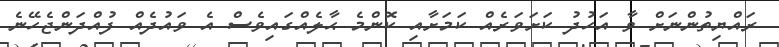
ރައްޔިތުންނަށް ވާ އަހުދު ކަށަވަރެއް ކަމަށާއި ކޮންމެ ޙާލެއްގައިވެސް އެ ވައުދެއް ފުއްދަންޖެހޭނެ